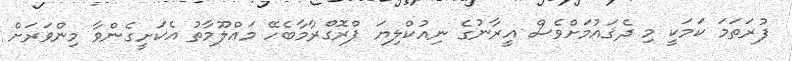
ފުރަތަމަ ކަމަކީ މި ދެޤައުމަށްވެސް އީރާނުގެ ނިއުކްލިޔަ ޕްރޮގްރާމާބެހޭ މަޢްލޫމާތު އެކަށީގެންވާ މިންވަރަށް